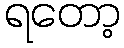
ရတော့